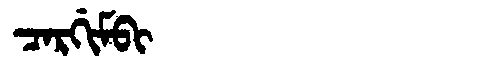
Manchu: ᠴᠠᡵᡤᡳᠮᠪᡳ
Romanization: CARGIMBI